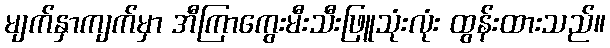
မျက်နှာကျက်မှာ အီကြာကွေးမီးသီးဖြူသုံးလုံး ထွန်းထားသည်။